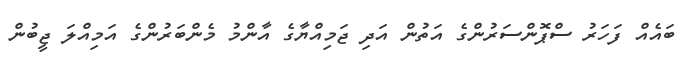
ބައެއް ފަހަރު ސްޕޮންސަރުންގެ އަތުން އަދި ޖަމިއްޔާގެ އާންމު މެންބަރުންގެ އަމިއްލަ ޖީބުން